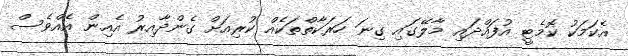
އެކަމަކު ކޮމެޓީ އުފައްދައި މާލޭގައި ގިނަ ހަރަކާތްތަކެއް ކުރިއަށް ގެންދާއިރު އެއިން އެއްވެސް